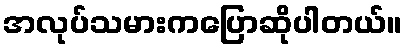
အလုပ်သမားကပြောဆိုပါတယ်။